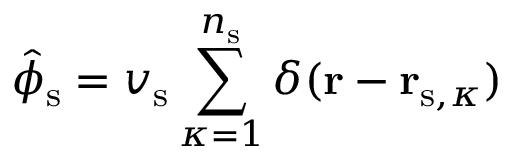
\hat { \phi } _ { \mathrm { s } } = v _ { \mathrm { s } } \sum _ { \kappa = 1 } ^ { n _ { \mathrm { s } } } \delta ( \mathbf { r } - \mathbf { r } _ { \mathrm { s } , \kappa } )